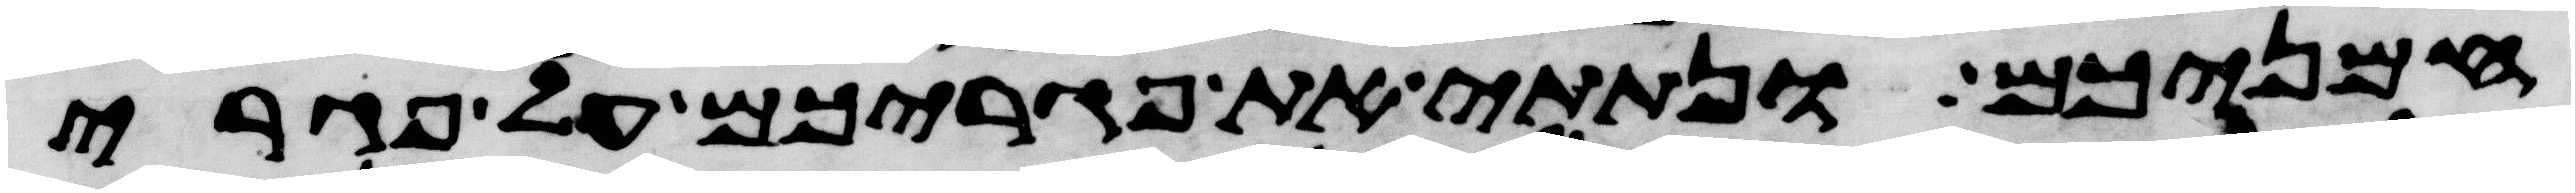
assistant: חמניכם ונתתי את פגריכם על פגרי